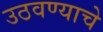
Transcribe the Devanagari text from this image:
उठवण्याचे